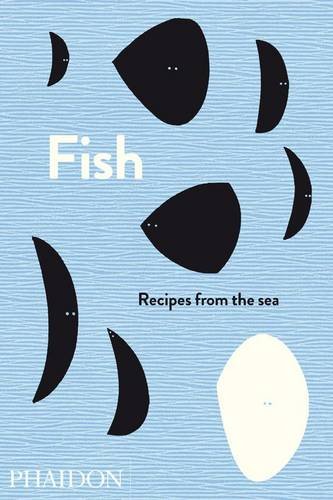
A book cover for Fish: Recipes from the Sea (The Silver Spoon); Cookbooks, Food & Wine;